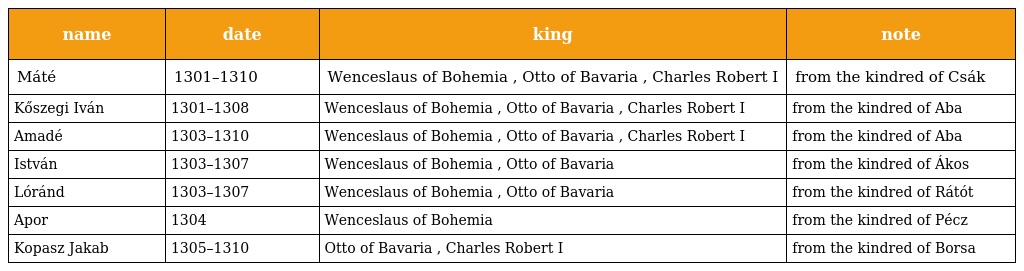
| name | date | king | note |
 | --- | --- | --- | --- |
 | Máté | 1301–1310 | Wenceslaus of Bohemia , Otto of Bavaria , Charles Robert I | from the kindred of Csák |
 | Kőszegi Iván | 1301–1308 | Wenceslaus of Bohemia , Otto of Bavaria , Charles Robert I | from the kindred of Aba |
 | Amadé | 1303–1310 | Wenceslaus of Bohemia , Otto of Bavaria , Charles Robert I | from the kindred of Aba |
 | István | 1303–1307 | Wenceslaus of Bohemia , Otto of Bavaria | from the kindred of Ákos |
 | Lóránd | 1303–1307 | Wenceslaus of Bohemia , Otto of Bavaria | from the kindred of Rátót |
 | Apor | 1304 | Wenceslaus of Bohemia | from the kindred of Pécz |
 | Kopasz Jakab | 1305–1310 | Otto of Bavaria , Charles Robert I | from the kindred of Borsa |